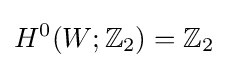
H^{0}(W;\mathbb {Z} _{2})=\mathbb {Z} _{2}